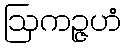
ဩကဉ္ဇဟံ